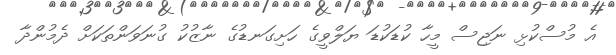
އެ މުސްކުޅި ނަޖިސް މީހާ ކުޑަކުޑަ ޔަލްވީގެ ހަށިގަނޑުގެ ނާޒުކު ގުނަވަންތަކަށް ދެމުންދާ